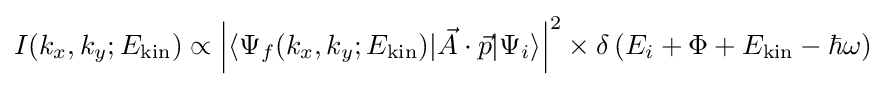
I(k_{x},k_{y};E_{\mathrm {kin} })\propto \left|\langle \Psi _{f}(k_{x},k_{y};E_{\mathrm {kin} })|{\vec {A}}\cdot {\vec {p}}|\Psi _{i}\rangle \right|^{2}\times \delta \left(E_{i}+\Phi +E_{\mathrm {kin} }-\hbar \omega \right)